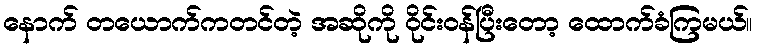
နောက် တယောက်ကတင်တဲ့ အဆိုကို ဝိုင်းဝန်ပြီးတော့ ထောက်ခံကြမယ်။